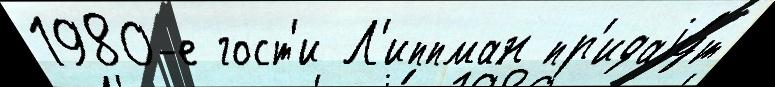
1980-е гост'и Л'иппман пр'идаjу́т